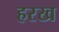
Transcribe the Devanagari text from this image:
हरख